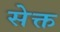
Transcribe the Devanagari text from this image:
सेक्त